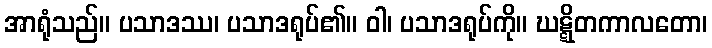
အာရုံသည်။ ပသာဒဿ၊ ပသာဒရုပ်၏။ ဝါ၊ ပသာဒရုပ်ကို။ ဃဋ္ဋိတကာလတော၊